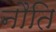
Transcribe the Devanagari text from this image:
नौति